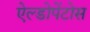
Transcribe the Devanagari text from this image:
ऐल्डोपेंटोस